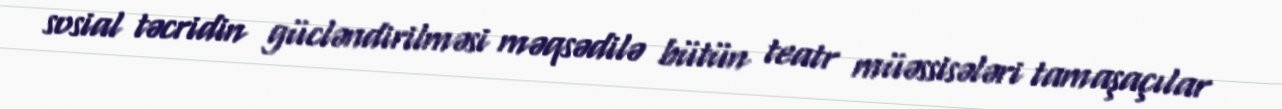
sosial təcridin gücləndirilməsi məqsədilə bütün teatr müəssisələri tamaşaçılar